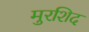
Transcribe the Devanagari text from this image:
मुरशिद